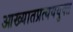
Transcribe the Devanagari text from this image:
आख्यातप्रत्यययुक्त